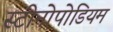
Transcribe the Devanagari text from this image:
स्टीनोपोडियम